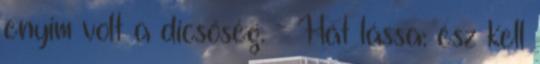
enyim volt a dicsőség. - Hát lássa: ész kell